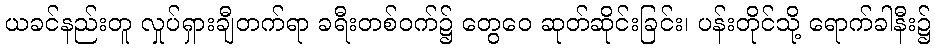
ယခင်နည်းတူ လှုပ်ရှားချီတက်ရာ ခရီးတစ်ဝက်၌ တွေဝေ ဆုတ်ဆိုင်းခြင်း၊ ပန်းတိုင်သို့ ရောက်ခါနီး၌